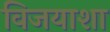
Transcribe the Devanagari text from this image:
विजयाशा